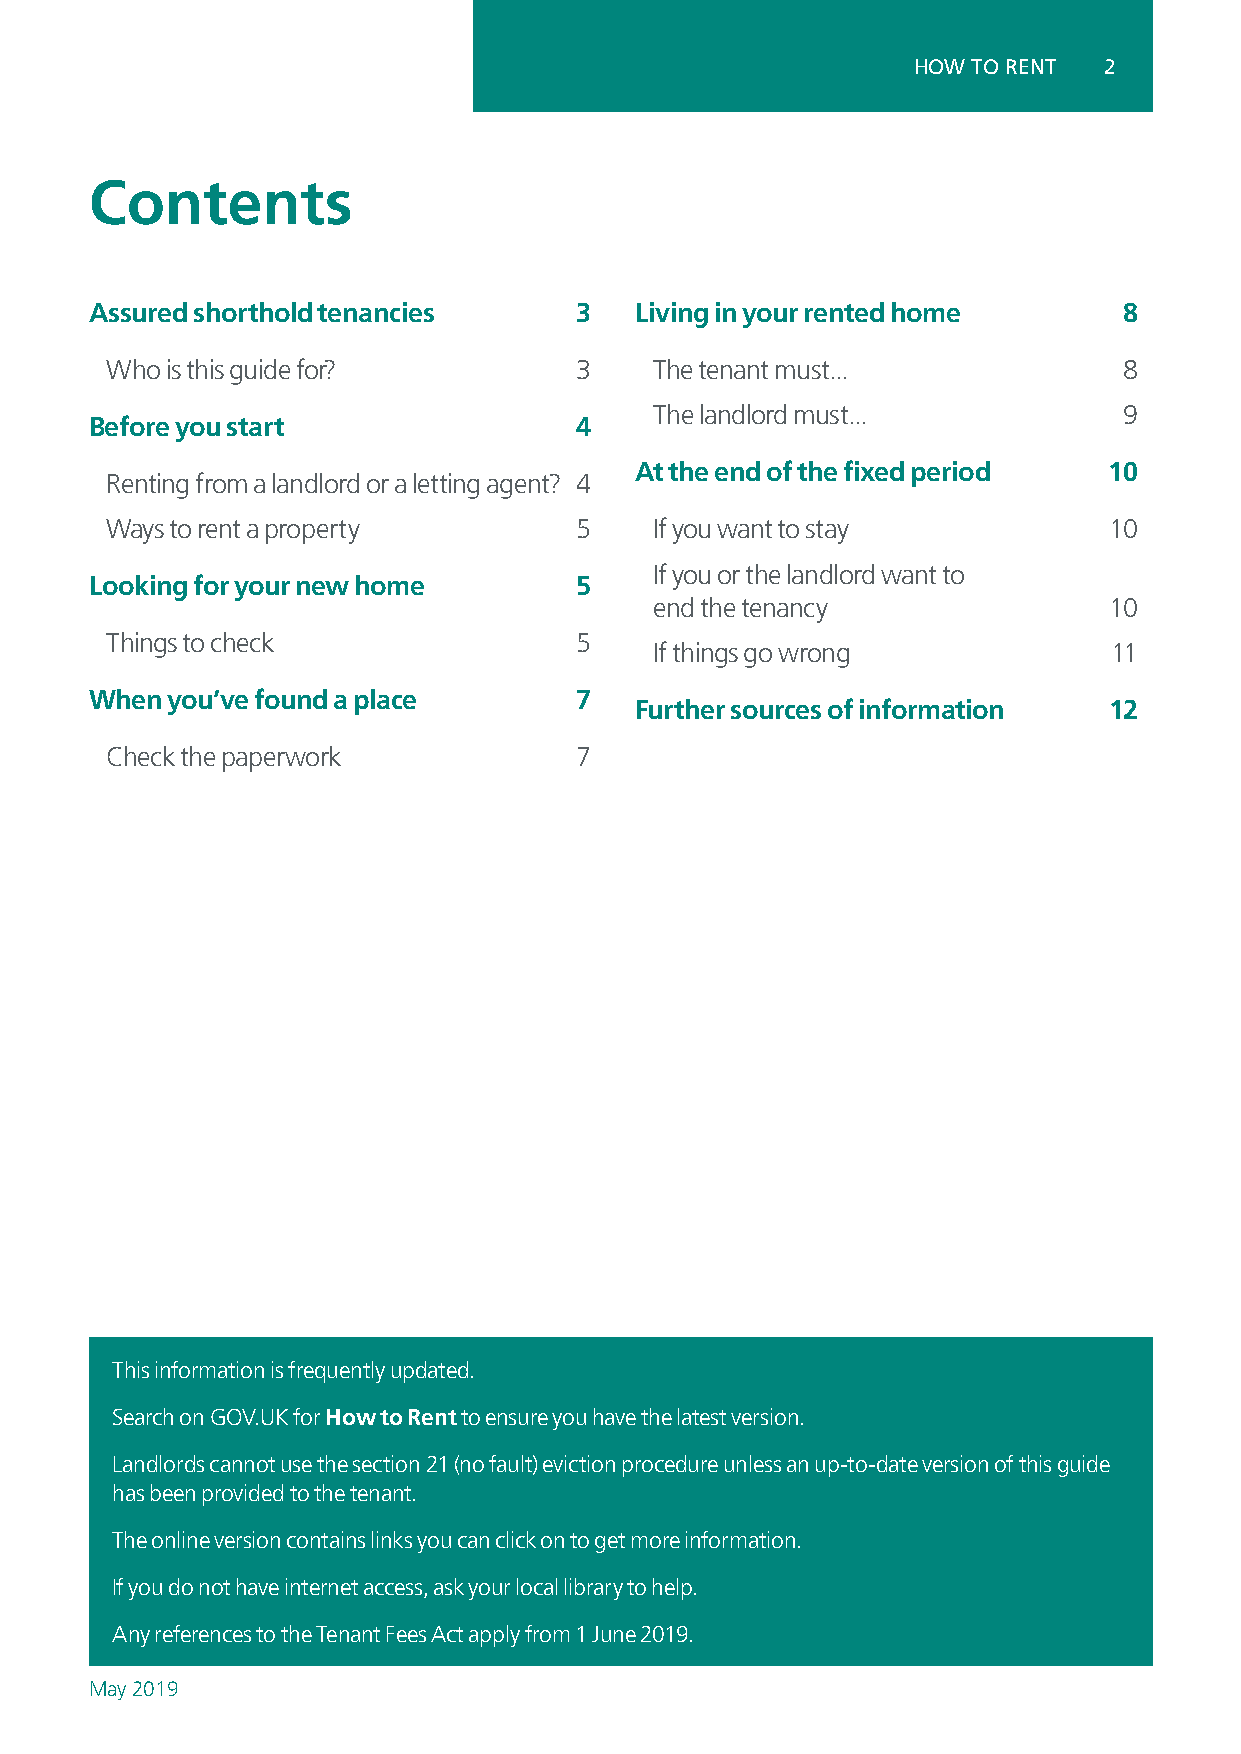
HOW TO RENT  2
 Contents
 Assured shorthold tenancies     3   Living in your rented home      8
 Who is this guide for?         3    The tenant must...             8
 The landlord must...           9
 Before you start                4
 At the end of the fixed period 10
 Renting from a landlord or a letting agent? 4
 Ways to rent a property        5    If you want to stay           10
 If you or the landlord want to
 Looking for your new home       5
 end the tenancy               10
 Things to check                5
 If things go wrong             11
 When you’ve found a place       7
 Further sources of information 12
 Check the paperwork            7
 This information is frequently updated.
 Search on GOV.UK for How to Rent to ensure you have the latest version.
 Landlords cannot use the section 21 (no fault) eviction procedure unless an up-to-date version of this guide
 has been provided to the tenant.
 The online version contains links you can click on to get more information.
 If you do not have internet access, ask your local library to help.
 Any references to the Tenant Fees Act apply from 1 June 2019.
 May 2019